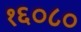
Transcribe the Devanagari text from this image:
१६०८०